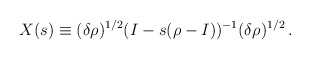
\begin{align*}X(s) \equiv (\delta\rho)^{1/2} (I-s(\rho-I))^{-1} (\delta\rho)^{1/2}\,.\end{align*}